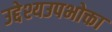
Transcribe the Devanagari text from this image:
उद्देश्यउपभोक्ता